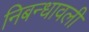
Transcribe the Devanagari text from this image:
निबन्‍धावली